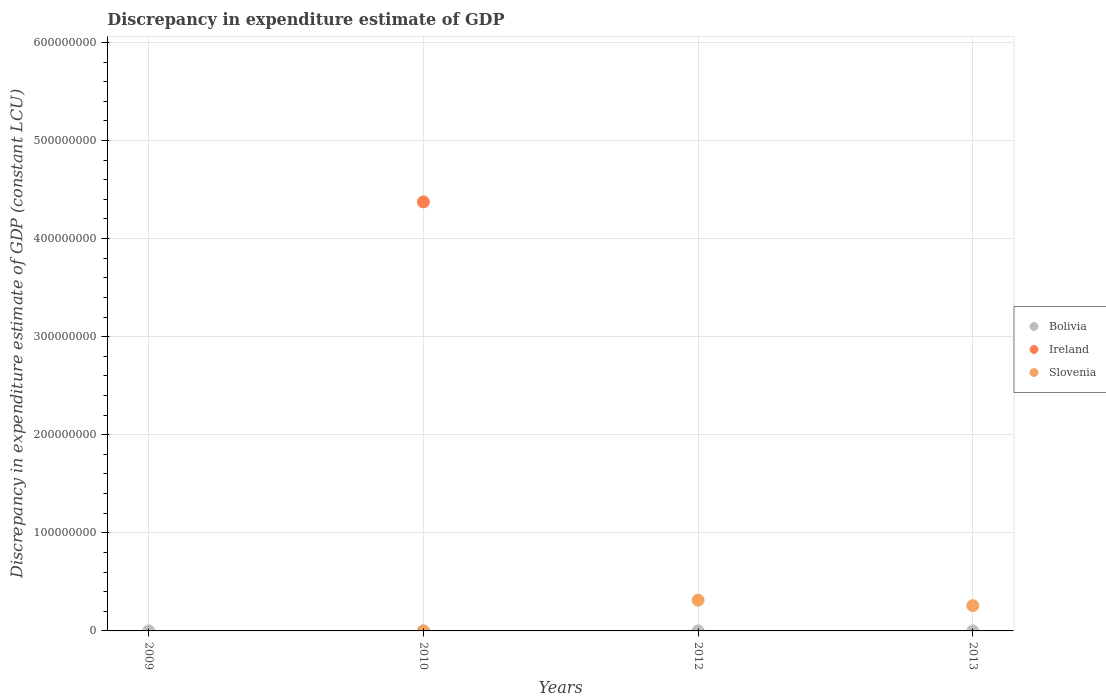
| Years | Bolivia | Ireland | Slovenia |
 | --- | --- | --- | --- |
 | 2009 | 1.1e+03 | -7.5e+08 | -4.14e+07 |
 | 2010 | 1.1e+03 | 4.37e+08 | 1e+04 |
 | 2012 | 1.1e+03 | -2.59e+09 | 3.13e+07 |
 | 2013 | 1.1e+03 | -2.93e+09 | 2.58e+07 |